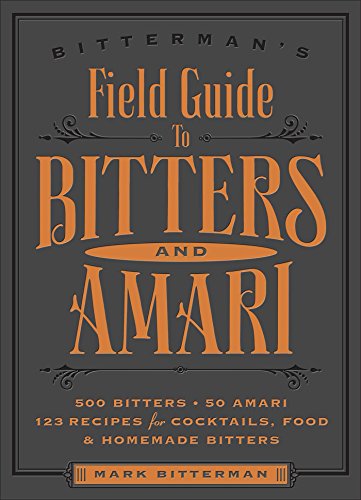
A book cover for Bitterman's Field Guide to Bitters & Amari: 500 Bitters; 50 Amari; 123 Recipes for Cocktails, Food & Homemade Bitters; Mark Bitterman; Cookbooks, Food & Wine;